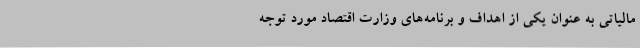
مالیاتی به عنوان یکی از اهداف و برنامه‌های وزارت اقتصاد مورد توجه